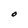
Character: O